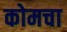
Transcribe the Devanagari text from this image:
कोमचा